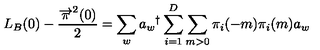
L _ { B } ( 0 ) - \frac { { \overrightarrow { \pi } } ^ { 2 } ( 0 ) } { 2 } = \sum _ { w } a _ { w } { } ^ { \dag } \sum _ { i = 1 } ^ { D } \sum _ { m > 0 } \pi _ { i } ( - m ) \pi _ { i } ( m ) a _ { w }